Cholera in India, 1862 to 1881
Year: 1862
Disease focus: Cholera
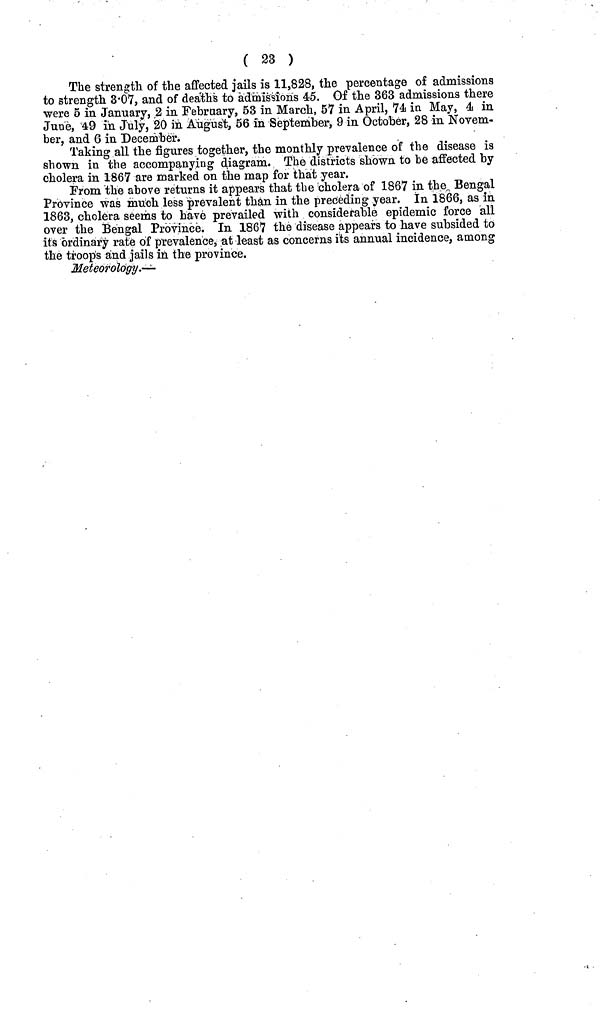
( 23 )
The strength of the affected jails is 11,828, the percentage of admissions
to strength 3·07, and of deaths to admissions 45. Of the 363 admissions there
were δ in January, 2 in February, 53 in March, 57 in April, 74 in May, 4 in
June, 49 in July, 20 in August, 56 in September, 9 in October, 28 in Novem-
ber, and 6 in December.
Taking all the figures together, the monthly prevalence of the disease is
shown in the accompanying diagram. The districts shown to be affected by
cholera in 1867 are marked on the map for that year.
From the above returns it appears that the cholera of 1867 in the Bengal
Province was much less prevalent than in the preceding year. In 1866, as in
1863, cholera seems to have prevailed with considerable epidemic force all
over the Bengal Province. In 1867 the disease appears to have subsided to
its ordinary rate of prevalence, at least as concerns its annual incidence, among
the troops and jails in the province.
Meteorology.—